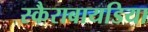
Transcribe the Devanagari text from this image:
स्कैराबायडिया